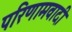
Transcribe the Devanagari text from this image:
परिणामवादी